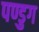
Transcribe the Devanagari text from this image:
पण्डुग